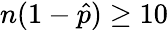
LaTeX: n(1-{\hat{p}})\geq 10